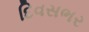
દિવસભર